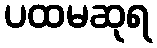
ပထမဆုရ